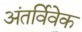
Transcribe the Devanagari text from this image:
अंतर्विवेक